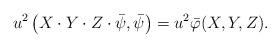
LaTeX: \begin{align*}u^2\left(X\cdot Y\cdot Z\cdot \bar{\psi},\bar{\psi}\right)=u^2\bar{\varphi}(X,Y,Z).\end{align*}